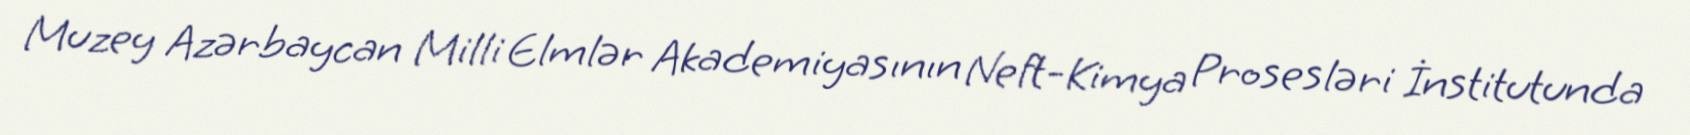
Muzey Azərbaycan Milli Elmlər Akademiyasının Neft-Kimya Prosesləri İnstitutunda